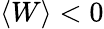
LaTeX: \left\langle W\right\rangle<0